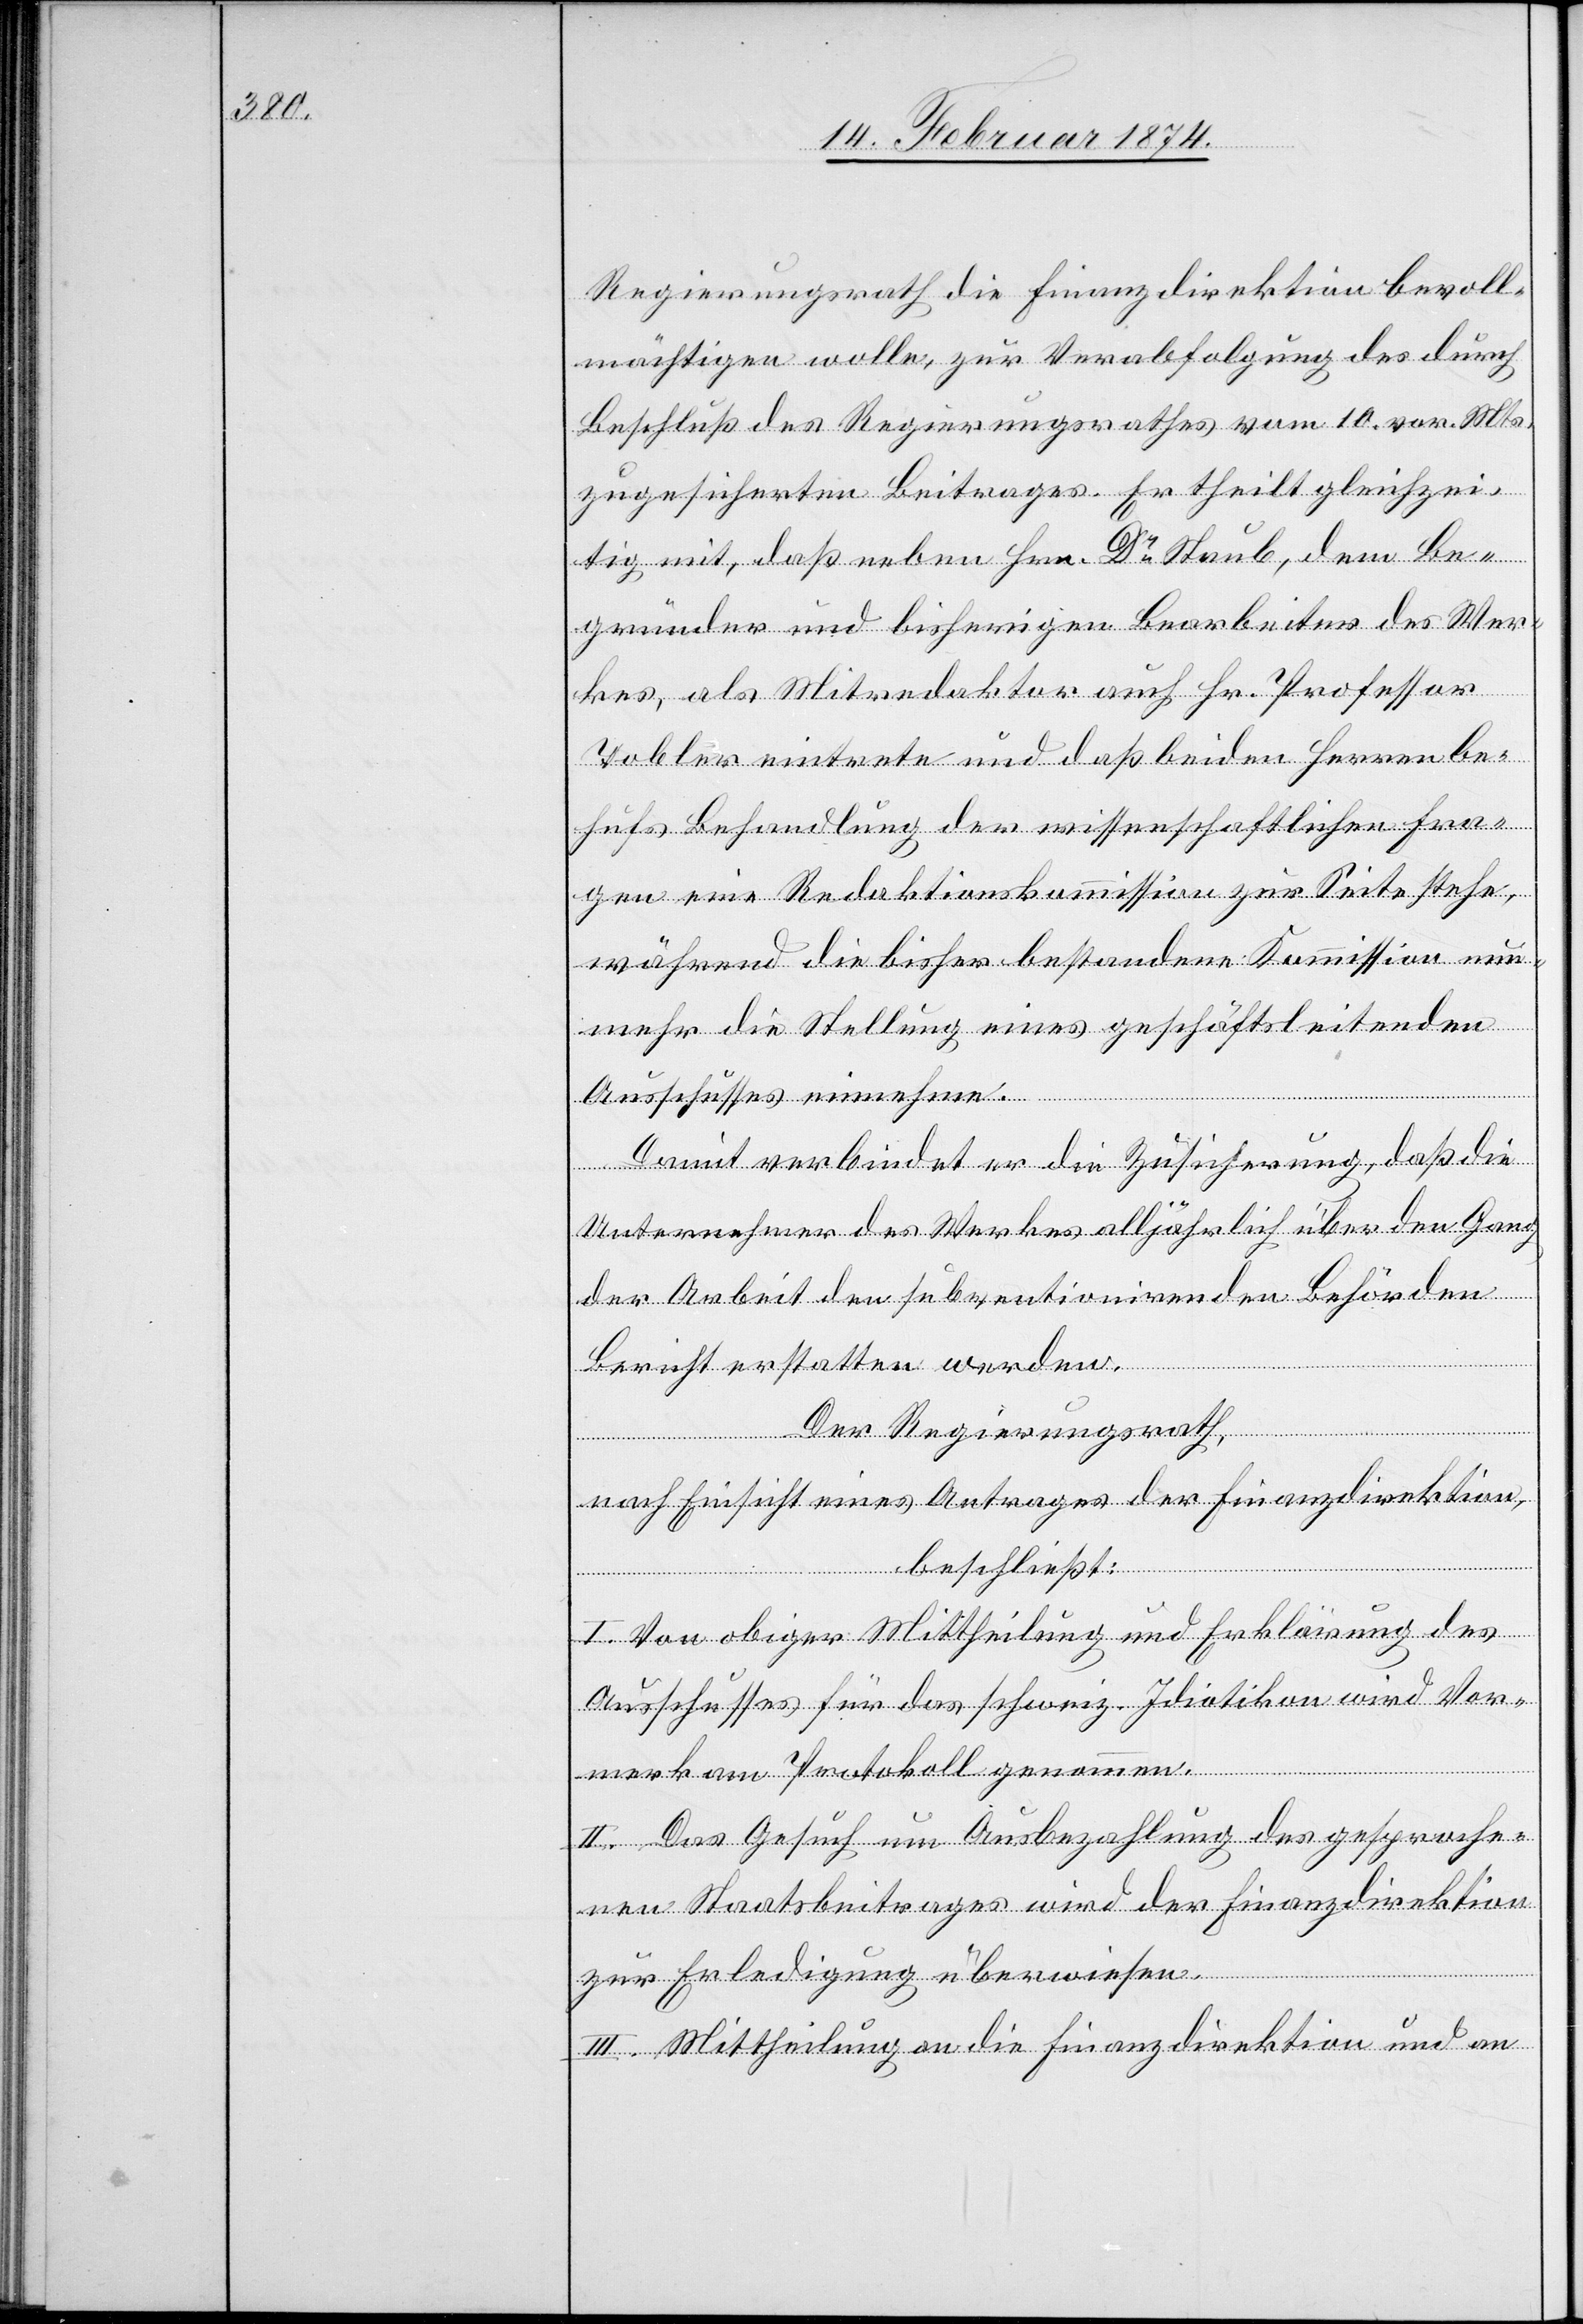
Regierungsrath die Finanzdirektion bevoll¬
mächtigen wolle, zur Verabfolgung des durch
Beschluß des Regierungsrathes vom 10. vor. Mts.
zugesicherten Beitrages. Er theilt gleichzei¬
tig mit, daß neben Hrn. Dr Staub, dem Be¬
gründer und bisherigen Bearbeiters des Wer¬
kes, als Mitredaktor auch Hr. Professor
Tobler eintrete und daß beiden Herren be¬
hufs Behandlung der wissenschaftlichen Fra¬
gen eine Redaktionskommission zur Seite stehe,
während die bisher bestandene Kommission nun¬
mehr die Stellung eines geschäftsleitenden
Ausschusses einnehme.
Damit verbindet er die Zusicherung, daß die
Unternehmer des Werkes alljährlich über den Gang
der Arbeit den subventionirenden Behörden
Bericht erstatten werden.
Der Regierungsrath,
nach Einsicht eines Antrages der Finanzdirektion,
beschließt:
I. Von obiger Mittheilung und Erklärung des
Ausschusses für das schweiz. Idiotikon wird Vor¬
merk am Protokoll genommen.
II. Das Gesuch um Ausbezahlung des gesproche¬
nen Staatsbeitrages wird der Finanzdirektion
zur Erledigung überwiesen.
III. Mittheilung an die Finanzdirektion und an